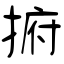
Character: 捬